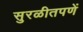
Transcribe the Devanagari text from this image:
सुरळीतपणें